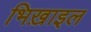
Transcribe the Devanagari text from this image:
भिख़ाइल